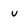
Character: v